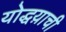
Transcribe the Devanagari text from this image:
योद्धय़ाची